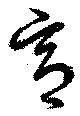
意